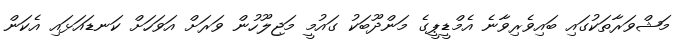
މަޝްވަރާތަކުގައި ބައިވެރިވާނެ އެމްޑީޕީގެ މަންދޫބަކު ގައުމީ މަޖިލޫހުން ވަރަށް އަވަހަށް ކަނޑައަޅައި އެކަން